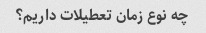
چه نوع زمان تعطیلات داریم؟